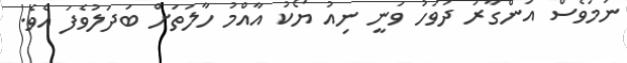
ނަަމަވެސް އަންގާރަ ދުވަހު ވަނީ ނިއު ޔޯކު އާއްމު ހާލަތަށް ބަދަލުވެފަ އެވެ.